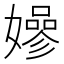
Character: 𡣏